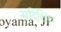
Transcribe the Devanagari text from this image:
सदिशिक